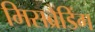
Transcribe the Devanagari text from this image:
मिसब्रैंडिंग